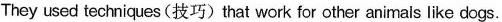
They used techniques(技巧)that work for other animals like dogs.